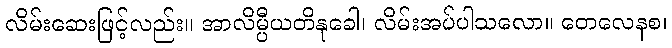
လိမ်းဆေးဖြင့်လည်း။ အာလိမ္ပီယတိနုခေါ၊ လိမ်းအပ်ပါသလော။ တေလေနစ၊